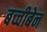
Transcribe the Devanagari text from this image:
बच्चीबेन